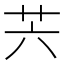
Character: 𦬩